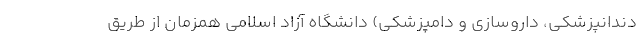
دندانپزشکی، داروسازی و دامپزشکی) دانشگاه آزاد اسلامی همزمان از طریق